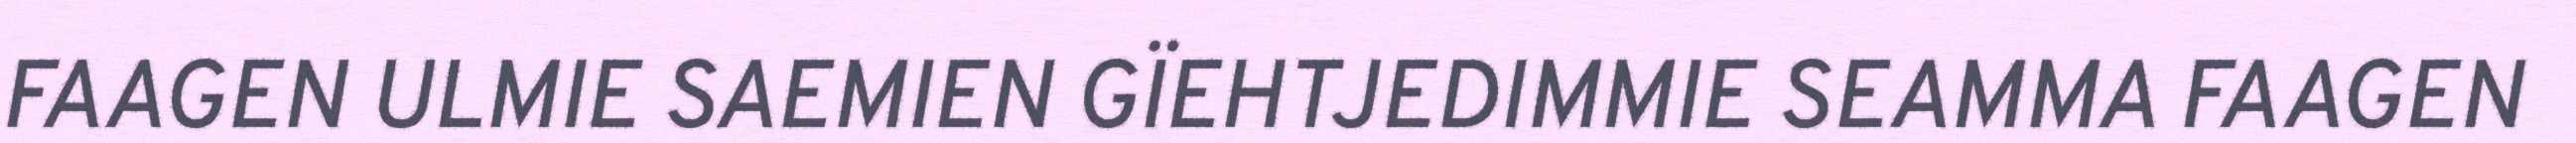
FAAGEN ULMIE SAEMIEN GÏEHTJEDIMMIE SEAMMA FAAGEN